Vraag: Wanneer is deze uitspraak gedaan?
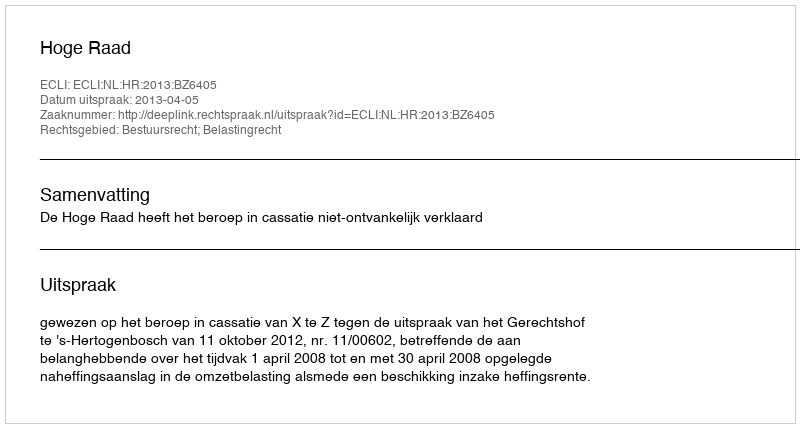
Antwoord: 2013-04-05